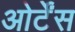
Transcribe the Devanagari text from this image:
ओर्टेंस